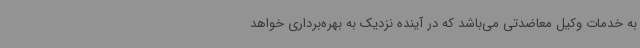
به خدمات وکیل معاضدتی می‌باشد که در آینده نزدیک به بهره‌برداری خواهد